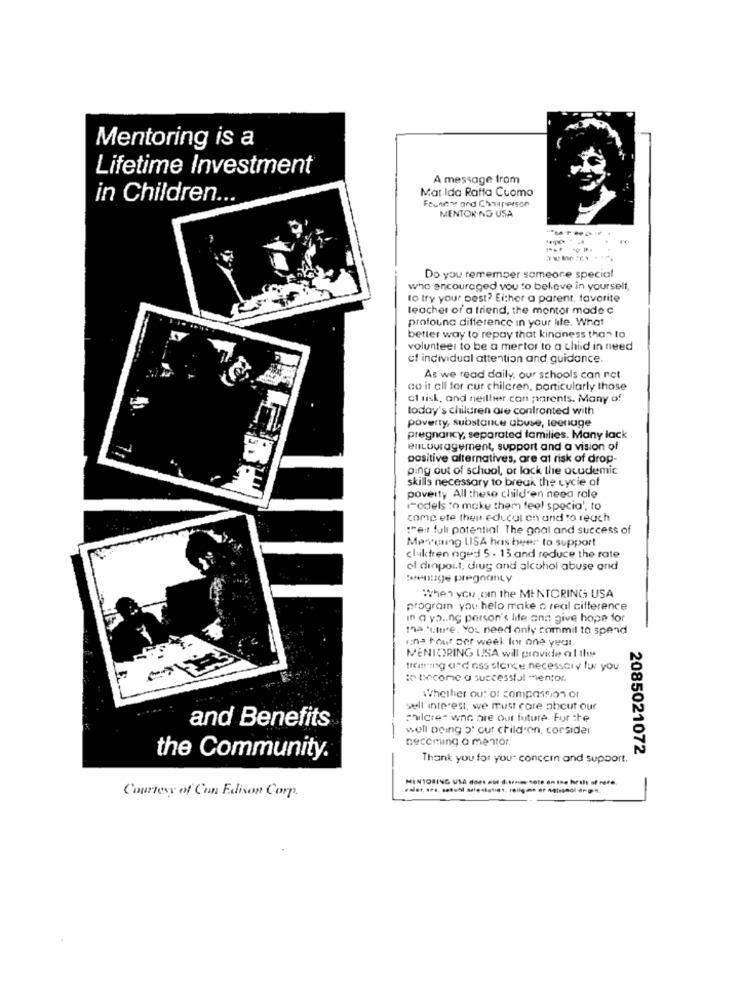
Mentoring is a
Lifetime Investment
A message from
Mat Ida Ratta Cuomo
in Children ...
Feunew and Chauperson
MENTOR NG USA
Do you remember someone special
who encouraged vou to believe in yourself,
to try your best? Either a parent, favorite
teacher of a friend, the montor made c
profouna difference in your life. What
better way to repay that kindness than to
volunteer to be a mertor to a child in need
of individual attention and guidance
As we read daily, our schools can not
co it all for cur children, particularly those
ct risk, and neither can parents. Many of
today's children are confronted with
poverty, substance abuse, teenage
pregnancy, separated families. Many lack
encouragement, support and a vision of
positive alternatives, are at risk of drop-
ping out of school, or lack the academic
skills necessary to break the cycle of
poverty All these children need role
rodels :o make them feel specia', to
compete their educat on and to reach
:reit full potential The goal and success of
Mercuing USA has beer to support
chiktren aged 5 - 13 and reduce the rate
el dinpout, drug and alcohol abuse and
When you om the MENTORING USA
program you help make o real cifference
In a yo .. ng person's lite ans give hope for
the 'uture. You need only commil to spend
wine tour cer week Ier one year
MENTORING USA will provide al the
treating and ass stenge necessary fur you
i trecome a successful "ientor.
Whether ou: ot compassiono
sell interest, we must care about our
and Benefits
calcie- who are our future For the
-
well being o' cur children, corsider
Becoming a mentor.
2085021072
the Community.
Thank you for your concern and support.
Courtesy of Con Edison Corp.